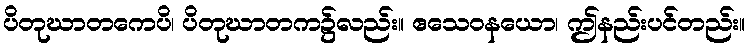
ပိတုဃာတကေပိ၊ ပိတုဃာတက၌လည်း။ ဧသေဝနယော၊ ဤနည်းပင်တည်း။